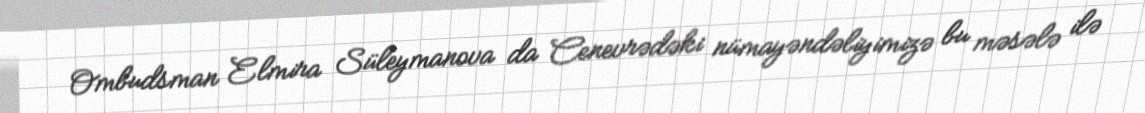
Ombudsman Elmira Süleymanova da Cenevrədəki nümayəndəliyimizə bu məsələ ilə